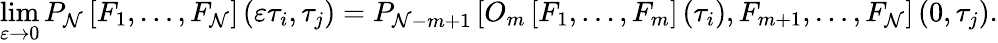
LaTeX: \operatorname*{lim}_{\varepsilon\rightarrow0}P_{\mathcal{N}}\left[F_{1},\dots,F_{\mathcal{N}}\right]\left(\varepsilon\tau_{i},\tau_{j}\right)=P_{\mathcal{N}-m+1}\left[O_{m}\left[F_{1},\dots,F_{m}\right]\left(\tau_{i}\right),F_{m+1},\dots,F_{\mathcal{N}}\right]\left(0,\tau_{j}\right).